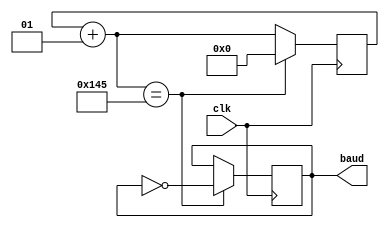
`timescale 1ns / 1ps
//////////////////////////////////////////////////////////////////////////////////
// Company: 
// Engineer: 
// 
// Design Name: 
// Module Name: baudrate_gen
// Project Name: 
// Target Devices: 
// Tool Versions: 
// Description: 
// 
// Dependencies: 
// 
// Revision:
// Revision 0.01 - File Created
// Additional Comments:
// 
//////////////////////////////////////////////////////////////////////////////////


module baudrate_gen(
    input clk,
    output reg baud
    );
    
    integer counter;
    always @(posedge clk) begin
        counter = counter + 1;
        if (counter == 325) begin counter = 0; baud = ~baud; end 
        // Clock = 10ns
        // ClockFreq = 1/10ns = 100 MHz
        // Baudrate = 9600
        // counter = ClockFreq/Baudrate/16/2 = 325
        // counter = ClockFreq/115200/16/2 = 27
        // counter = ClockFreq/2400/16/2 = 1302
        // sampling every 16 ticks
    end
endmodule